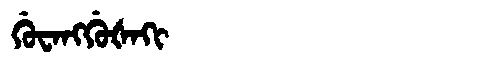
Manchu: ᡤᡠᠸᠠᠩᡤᡠᡧᠠᡴᡳ
Romanization: GUWANGGUŠAKI